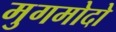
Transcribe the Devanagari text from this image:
मुगमोदो